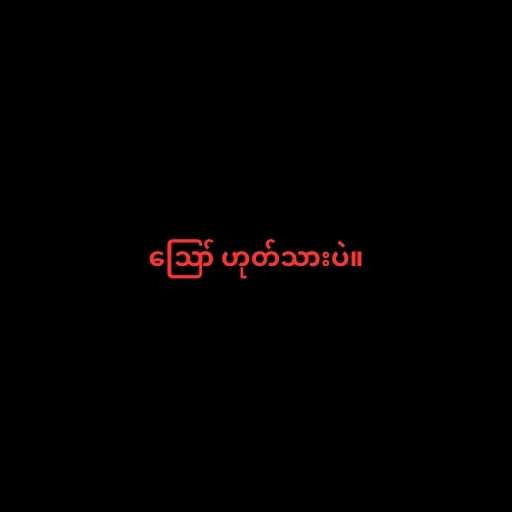
ဪ ဟုတ်သားပဲ။